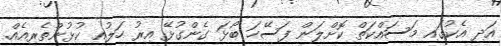
އަދި އެކުގައި މަސައްކަތް ކޮށްލަން ފަސޭހަ ބޯޅަ ގެންގުޅޭ އިރު ހަލުއި ކުޅުންތެރިއެއް.